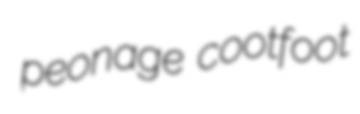
peonage cootfoot